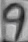
Text: 9